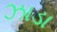
ઝાડા